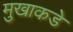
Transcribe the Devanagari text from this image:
मुखाकडे